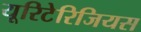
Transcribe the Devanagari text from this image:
यूरिटेरिजियस